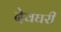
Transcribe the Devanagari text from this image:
देवघरी